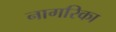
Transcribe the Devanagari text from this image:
नागरिका